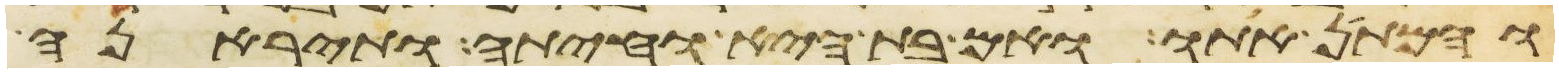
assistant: והמתן אתו ואם בת היא וחיתה ותיראנה